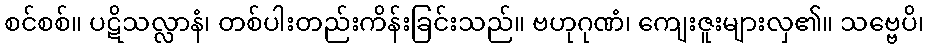
စင်စစ်။ ပဋိသလ္လာနံ၊ တစ်ပါးတည်းကိန်းခြင်းသည်။ ဗဟုဂုဏံ၊ ကျေးဇူးများလှ၏။ သဗ္ဗေပိ၊